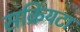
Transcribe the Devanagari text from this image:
सक्रियटा